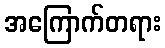
အကြောက်တရား